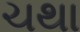
ચથા